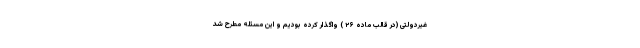
غیردولتی (در قالب ماده ۲۶ ) واگذار کرده بودیم و این مسئله مطرح شد